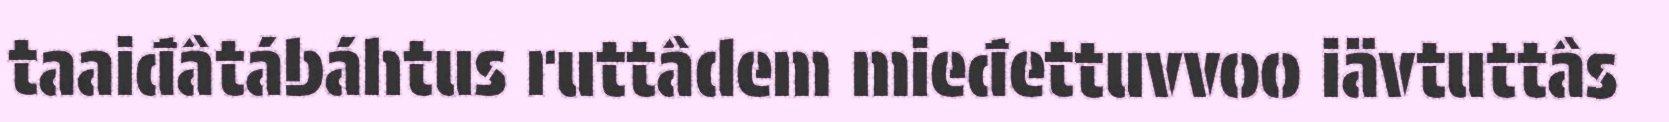
taaiđâtábáhtus ruttâdem mieđettuvvoo iävtuttâs